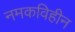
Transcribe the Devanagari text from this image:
नमकविहीन